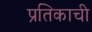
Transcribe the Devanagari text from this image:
प्रतिकाची